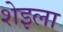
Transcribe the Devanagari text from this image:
शेइला